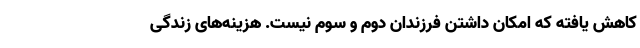
کاهش یافته که امکان داشتن فرزندان دوم و سوم نیست. هزینه‌های زندگی